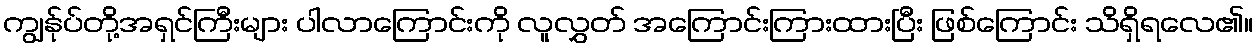
ကျွန်ုပ်တို့အရှင်ကြီးများ ပါလာကြောင်းကို လူလွှတ် အကြောင်းကြားထားပြီး ဖြစ်ကြောင်း သိရှိရလေ၏။